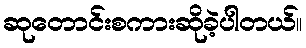
ဆုတောင်းစကားဆိုခဲ့ပါတယ်။